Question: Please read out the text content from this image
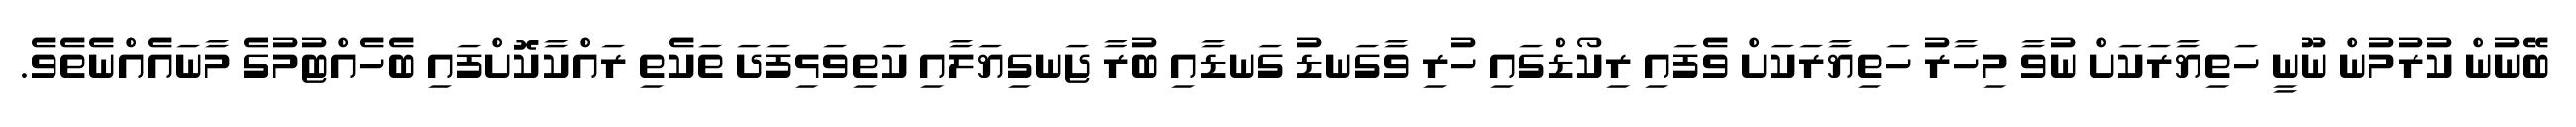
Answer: ބޭނުން ކުރުމުން ނޫނީ ހަތިޔާރަކަށް ނުވާ މިހާރު ހަތިޔާރަކަށް ވެފައި ރިކޯޑްގައި ހުރި ވާގަނޑު ގަނޑާއި ބުރާ ޖަނގިޔަލާއި ކަތިވަޅިފަދަ ތަކެތި ރައްކާކޮށްފައި ބެހެއްޓުމުގެ މާނައެއްނެތެވެ.